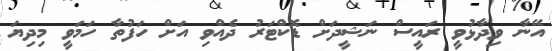
އޭނާ ވިދާޅުވީ ރައީސް ނަޝީދަށް ޑޮކްޓަރު ދެއްވި އަށް ހަފުތާ ހަމަވީ މިދިޔަ